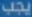
يجب